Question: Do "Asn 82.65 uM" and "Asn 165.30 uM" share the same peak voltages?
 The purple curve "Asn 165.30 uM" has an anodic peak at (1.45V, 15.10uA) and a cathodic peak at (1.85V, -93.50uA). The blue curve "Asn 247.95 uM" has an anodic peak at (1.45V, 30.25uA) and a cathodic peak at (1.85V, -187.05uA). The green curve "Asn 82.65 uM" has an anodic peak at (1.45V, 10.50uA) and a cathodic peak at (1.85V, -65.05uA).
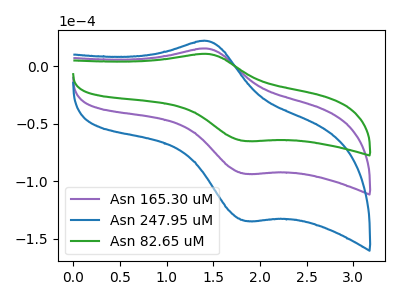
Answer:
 <answer>Yes, "Asn 82.65 uM" have a peak in "Asn 165.30 uM" at the same potential.</answer>
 <eval>match</eval>